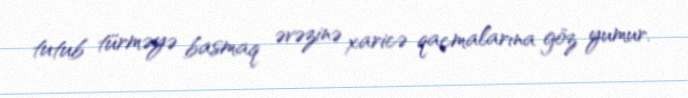
tutub türməyə basmaq əvəzinə xaricə qaçmalarına göz yumur.